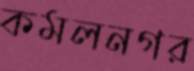
কমলনগর